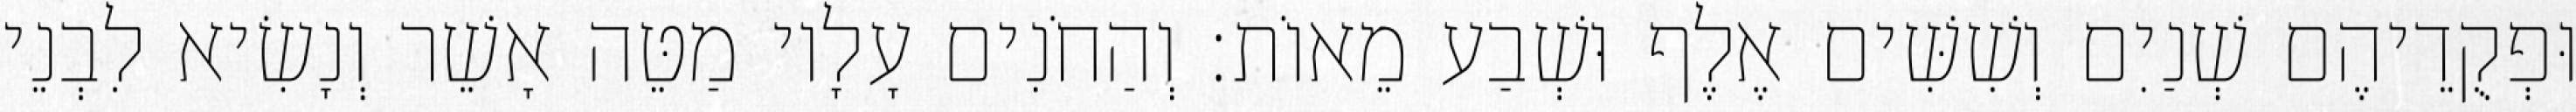
וּפְקֻדֵיהֶם שְׁנַיִם וְשִׁשִּׁים אֶלֶף וּשְׁבַע מֵאוֹת׃ וְהַחֹנִים עָלָיו מַטֵּה אָשֵׁר וְנָשִׂיא לִבְנֵי